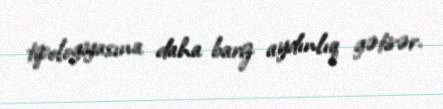
tipologiyasına daha bariz aydınlıq gətirər.